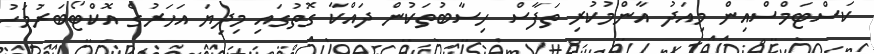
ކަސްޓަމްސްއިން މިއަދު އާންމުކުރި ތަފާސް ހިސާބުތަކުން ދައްކާ ގޮތުގައި މިދިޔަ އަހަރުގެ އޮކްޓޯބަރުމަހު